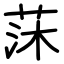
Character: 莯